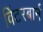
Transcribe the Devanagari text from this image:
विंटरबार्न